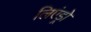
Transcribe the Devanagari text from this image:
लिएंड्रो